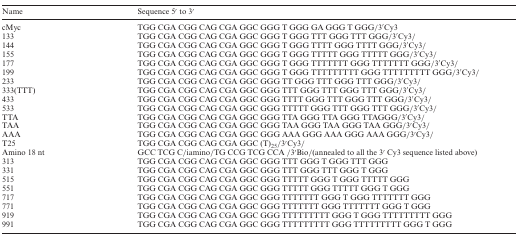
<table><thead><tr><td><b>Name</b></td><td><b>Sequence 5′ to 3′</b></td></tr></thead><tbody><tr><td>cMyc</td><td>TGG CGA CGG CAG CGA GGC GGG T GGG GA GGG T GGG/3′Cy3</td></tr><tr><td>133</td><td>TGG CGA CGG CAG CGA GGC GGG T GGG TTT GGG TTT GGG/3′Cy3/</td></tr><tr><td>144</td><td>TGG CGA CGG CAG CGA GGC GGG T GGG TTTT GGG TTTT GGG/3′Cy3/</td></tr><tr><td>155</td><td>TGG CGA CGG CAG CGA GGC GGG T GGG TTTTT GGG TTTTT GGG/3′Cy3/</td></tr><tr><td>177</td><td>TGG CGA CGG CAG CGA GGC GGG T GGG TTTTTTT GGG TTTTTTT GGG/3′Cy3/</td></tr><tr><td>199</td><td>TGG CGA CGG CAG CGA GGC GGG T GGG TTTTTTTTT GGG TTTTTTTTT GGG/3′Cy3/</td></tr><tr><td>233</td><td>TGG CGA CGG CAG CGA GGC GGG TT GGG TTT GGG TTT GGG/3′Cy3/</td></tr><tr><td>333(TTT)</td><td>TGG CGA CGG CAG CGA GGC GGG TTT GGG TTT GGG TTT GGG/3′Cy3/</td></tr><tr><td>433</td><td>TGG CGA CGG CAG CGA GGC GGG TTTT GGG TTT GGG TTT GGG/3′Cy3/</td></tr><tr><td>533</td><td>TGG CGA CGG CAG CGA GGC GGG TTTTT GGG TTT GGG TTT GGG/3′Cy3/</td></tr><tr><td>TTA</td><td>TGG CGA CGG CAG CGA GGC GGG TTA GGG TTA GGG TTAGGG/3′Cy3/</td></tr><tr><td>TAA</td><td>TGG CGA CGG CAG CGA GGC GGG TAA GGG TAA GGG TAA GGG/3′Cy3/</td></tr><tr><td>AAA</td><td>TGG CGA CGG CAG CGA GGC GGG AAA GGG AAA GGG AAA GGG/3′Cy3/</td></tr><tr><td>T25</td><td>TGG CGA CGG CAG CGA GGC (T)<sub>25</sub>/3′Cy3/</td></tr><tr><td>Amino 18 nt</td><td>GCC TCG C/iamino/TG CCG TCG CCA/3′Bio/(annealed to all the 3′ Cy3 sequence listed above)</td></tr><tr><td>313</td><td>TGG CGA CGG CAG CGA GGC GGG TTT GGG T GGG TTT GGG</td></tr><tr><td>331</td><td>TGG CGA CGG CAG CGA GGC GGG TTT GGG TTT GGG T GGG</td></tr><tr><td>515</td><td>TGG CGA CGG CAG CGA GGC GGG TTTTT GGG T GGG TTTTT GGG</td></tr><tr><td>551</td><td>TGG CGA CGG CAG CGA GGC GGG TTTTT GGG TTTTT GGG T GGG</td></tr><tr><td>717</td><td>TGG CGA CGG CAG CGA GGC GGG TTTTTTT GGG T GGG TTTTTTT GGG</td></tr><tr><td>771</td><td>TGG CGA CGG CAG CGA GGC GGG TTTTTTT GGG TTTTTTT GGG T GGG</td></tr><tr><td>919</td><td>TGG CGA CGG CAG CGA GGC GGG TTTTTTTTT GGG T GGG TTTTTTTTT GGG</td></tr><tr><td>991</td><td>TGG CGA CGG CAG CGA GGC GGG TTTTTTTTT GGG TTTTTTTTT GGG T GGG</td></tr></tbody></table>